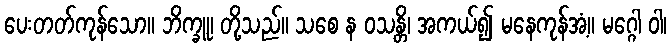
ပေးတတ်ကုန်သော။ ဘိက္ခူ၊ တို့သည်။ သစေ န ဝသန္တိ၊ အကယ်၍ မနေကုန်အံ့။ မဂ္ဂေါ ဝါ၊